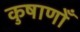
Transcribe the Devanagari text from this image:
कुषाणोँ